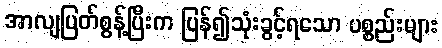
အာလျပြတ်စွန့်ပြီးက ပြန်၍သုံးခွင့်ရသော ပစ္စည်းများ